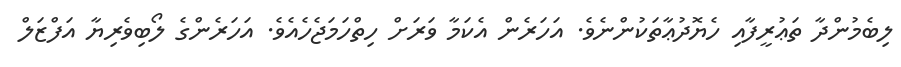
ލިބެމުންދާ ތަޢުރީފާއި ހެޔޮދުޢާތަކުންނެވެ. އަހަރެން އެކަމާ ވަރަށް ހިތްހަމަޖެހެއެވެ. އަހަރެންގެ ލޯބިވެރިޔާ އަފްޒަލް